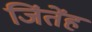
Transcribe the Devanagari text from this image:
जिंतेंह